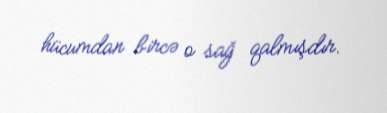
hücumdan bircə o sağ qalmışdır.